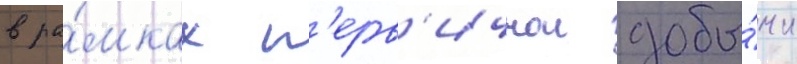
в ра́мках п'ерв'ичнои добы́чи